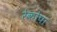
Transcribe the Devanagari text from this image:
रेकोपा